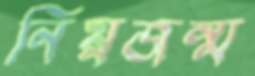
নিম্নজন্ম